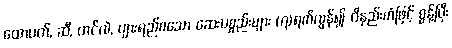
ထောပတ်, ဆီ, တင်လဲ, ပျားရည်စသော ဆေးပစ္စည်းများ (၇)ရက်လွန်၍ ဝိနည်းကံဖြင့် စွန့်ပြီး